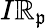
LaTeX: I\mathbb{R}_{\mathfrak{{p}}}